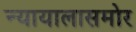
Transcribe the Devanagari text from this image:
न्यायालासमोर